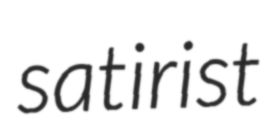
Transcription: satirist